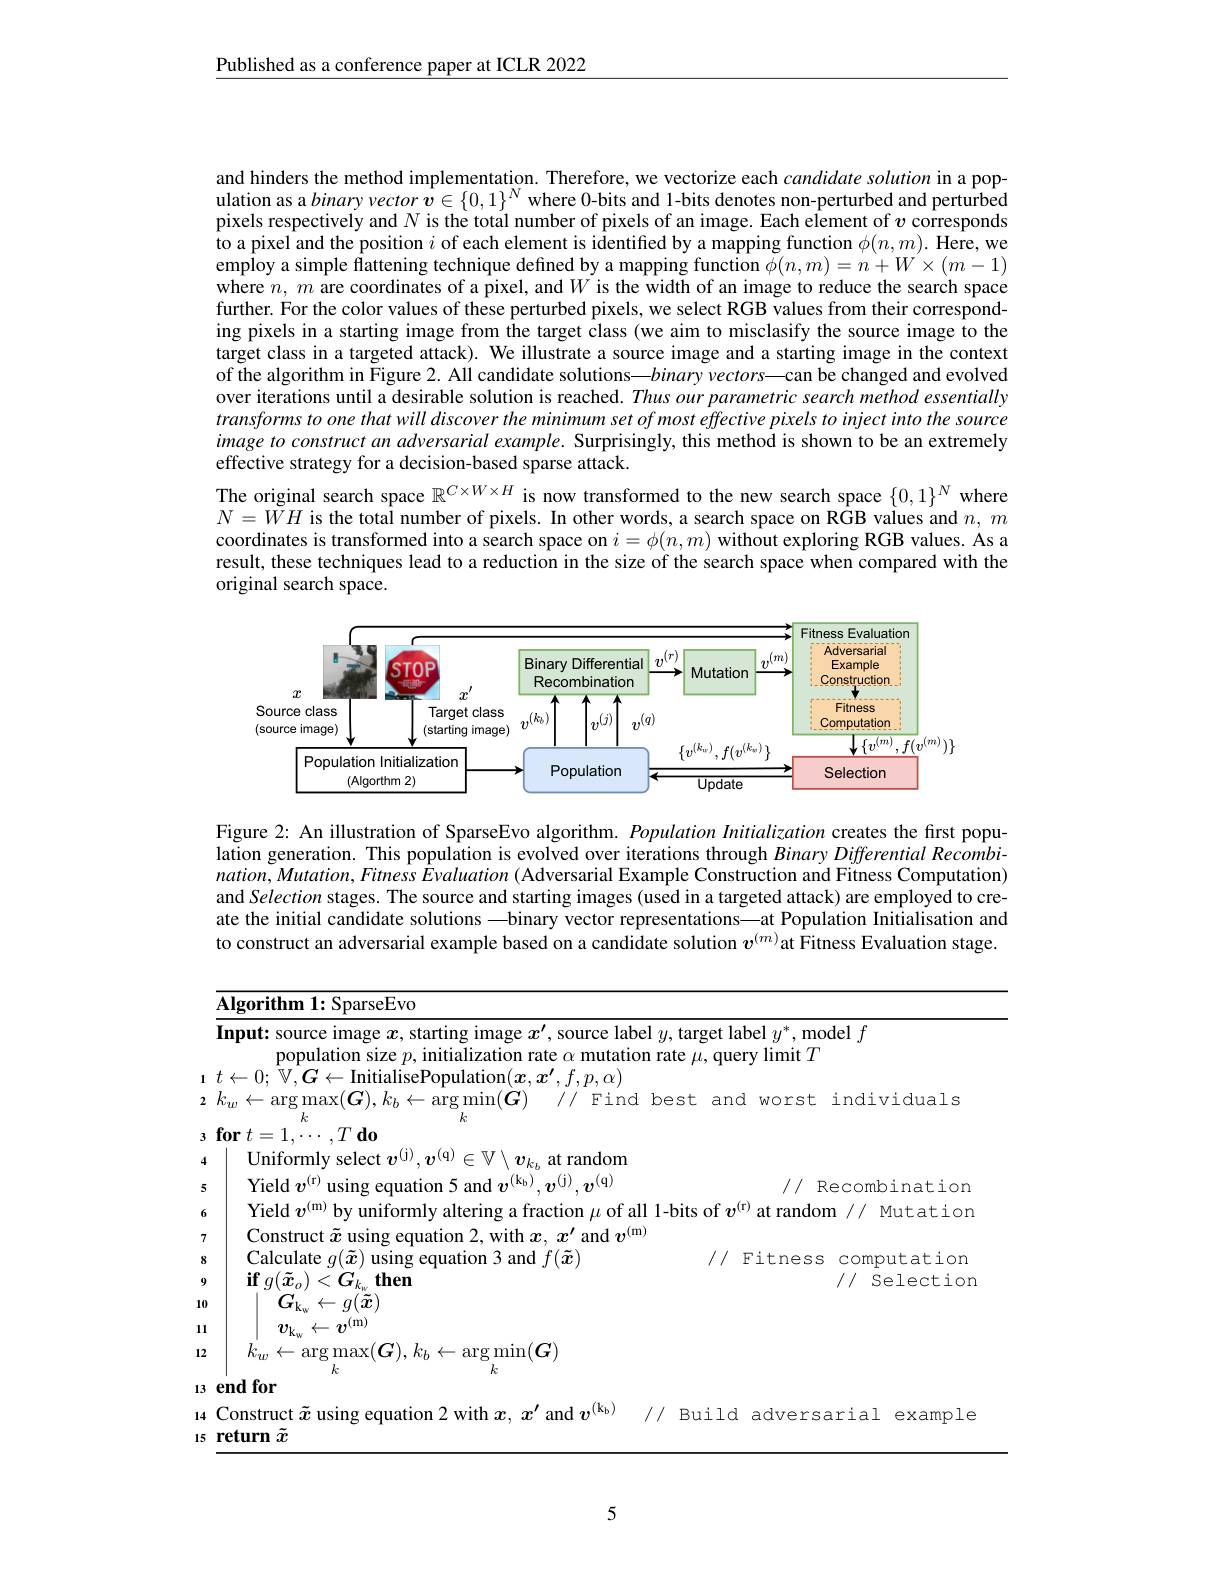
Published as a conference paper at ICLR 2022

and hinders the method implementation. Therefore, we vectorize each candidate solution in a population as a binary vector $\hat{\boldsymbol{v}}\in\{0,1\}^N$ where 0-bits and 1-bits denotes non-perturbed and perturbed pixels respectively and $N$ is the total number of pixels of an image. Each element of $v$ corresponds to a pixel and the position $i$ of each element is identified by a mapping function $\phi(n,m).$ Here, we employ a simple flattening technique defined by a mapping function $\tilde{\phi } ( n, m) = n+ W\times ( m- 1)$ where $n, m$ are coordinates of a pixel, and $W$ is the width of an image to reduce the search space chere $n, m$ are coordinates of a pixel, and $W$ is the wi further. For the color values of these perturbed pixels, we select RGB values from their corresponding pixels in a starting image from the target class (we aim to misclasify the source image to the target class in a targeted attack). We illustrate a source image and a starting image in the context of the algorithm in Figure 2. All candidate solutions—binary vectors—can be changed and evolved over iterations until a desirable solution is reached. Thus our parametric search method essentially transforms to one that will discover the minimum set of most effective pixels to inject into the source image to construct an adversarial example. Surprisingly, this method is shown to be an extremely effective strategy for a decision-based sparse attack.
The original search space $\mathbb{R}^{C\times W\times H}$ is now transformed to the new search space $\{0,1\}^N$ where $N=WH$ is the total number of pixels. In other words, a search space on RGB values and $n,m$ coordinates is transformed into a search space on $i=\phi(n,m)$ without exploring RGB values. As a result, these techniques lead to a reduction in the size of the search space when compared with the original search space.

<FigureHere>

Figure 2: An illustration of SparseEvo algorithm. Population Initialization creates the first population generation. This population is evolved over iterations through Binary Differential Recombi- $nation,Mutation,Fitness~\hat{E}valuation~($Adversarial Example Construction and Fitness Computation) and Selection stages. The source and starting images (used in a targeted attack) are employed to create the initial candidate solutions —binary vector representations—at Population Initialisation and to construct an adversarial example based on a candidate solution $v^{(m)}$at Fitness Evaluation stage.

<table>
	<tbody>
		<tr>
			<td> </td>
			<td>$\mathbf{Algorithm1:SparseEvo}$</td>
			<td> </td>
			<td> </td>
			<td> </td>
		</tr>
		<tr>
			<td> </td>
			<td>Input: source image $x$, starting image $x^\prime$, source label $y$,targ population size $p$, initialization rate $c$ $\alpha$ mutation rate $\mu$ </td>
			<td>get labe $\mathbf{query}$</td>
			<td>rel $u^{*}$ $mod\iota$  $\operatorname*{limit}T$ $y$</td>
			<td>el $f$</td>
		</tr>
		<tr>
			<td></td>
			<td>Uniformly select $\boldsymbol{v}^{( \mathrm{j} ) }, \boldsymbol{v}^{( \mathrm{q} ) }\in \mathbb{V} \setminus \boldsymbol{v}_{k_h}$ at random</td>
			<td> </td>
			<td> </td>
			<td> </td>
		</tr>
		<tr>
			<td></td>
			<td>$\mathop{\mathrm{Yield}}v^{(\mathrm{r})}$ $.[K_{\mathrm{b}}]$ $v^{(\mathrm{j})},v^{(\mathrm{q})}$ usins</td>
			<td> </td>
			<td>/// Re</td>
			<td>ecombination</td>
		</tr>
		<tr>
			<td>6</td>
			<td>$\mathbf{Yield}$ linitormis fraction $\mu$ of all 1-bits</td>
			<td>$v^{(\mathrm{r})}$ $of$ $\breve{a}$</td>
			<td>at random</td>
			<td>Mutatior</td>
		</tr>
		<tr>
			<td>7</td>
			<td>Mnctr  $anda_{1}(m)$</td>
			<td> </td>
			<td> </td>
			<td> </td>
		</tr>
		<tr>
			<td>8 9 10 11 12</td>
			<td>$f(u)$ usmg ${\mathrm{~annu~}}J\left(x\right)$ $\mathbf{if}$ $g( \tilde{x} _{o}) < G_{k_{w}}$ $\mathbf{then}$ $G_{\mathrm{k_{w}}}\leftarrow g(\tilde{\boldsymbol{x}})$ $v_{\nu}\leftarrow v^{(\mathrm{m})}$ $k_{w}\leftarrow\operatorname{arg}\operatorname*{max}(\boldsymbol{G}),k_{b}\leftarrow\operatorname{arg}\operatorname*{min}(\boldsymbol{G})$</td>
			<td>上上 </td>
			<td>$\bot\bot\bot1\square\square\square$</td>
			<td> $I//$ Selectior</td>
		</tr>
		<tr>
			<td>14 15</td>
			<td>Construct $\tilde{x}$ using equation 2 with $x,x^\prime$ and $v^{(\mathrm{k}_\mathrm{b})}$ ///  $Bu$ return $\tilde{x}$</td>
			<td>ild $a$</td>
			<td>adversa</td>
			<td>rial $\exp{\mathrm{mp}}\bot\in$</td>
		</tr>
	</tbody>
</table>

5